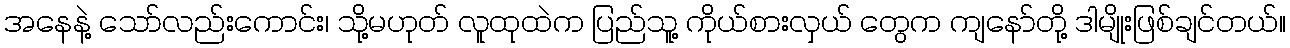
အနေနဲ့ သော်လည်းကောင်း၊ သို့မဟုတ် လူထုထဲက ပြည်သူ့ ကိုယ်စားလှယ် တွေက ကျနော်တို့ ဒါမျိုးဖြစ်ချင်တယ်။